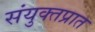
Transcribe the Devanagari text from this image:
संयुक्तप्रात